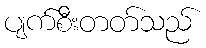
ပျက်စီးတတ်သည်